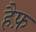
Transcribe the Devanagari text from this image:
हैफ़